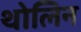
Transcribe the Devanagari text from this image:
थोलिन